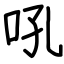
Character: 吼